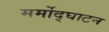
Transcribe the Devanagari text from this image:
मर्मोद्घाटन